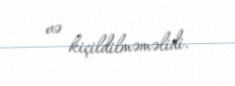
və kiçildilməməlidi.